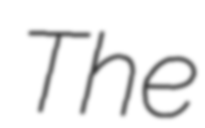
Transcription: The